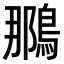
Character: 𫛀